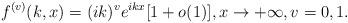
LaTeX: \begin{align*} f^{(v)}(k,x)=(ik)^v e^{ikx}[1+o(1)],x\to+\infty,v=0,1.\end{align*}